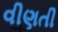
વીણતી